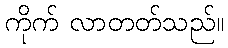
ကိုက် လာတတ်သည်။